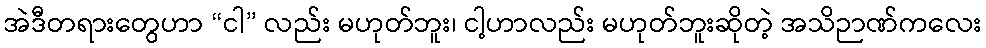
အဲဒီတရားတွေဟာ “ငါ” လည်း မဟုတ်ဘူး၊ ငါ့ဟာလည်း မဟုတ်ဘူးဆိုတဲ့ အသိဉာဏ်ကလေး